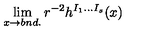
\lim _ { x \to b n d . } r ^ { - 2 } h ^ { I _ { 1 } \ldots I _ { s } } ( x )